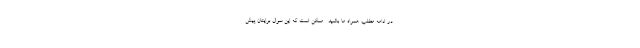
. در ادامه مطلب همراه ما باشید . ممکن است که این سوال برایتان پیش